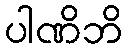
ပါဏိဘိ